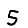
Digit: 5